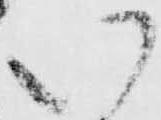
い